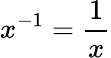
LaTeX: x^{-1}=\frac{1}{x}